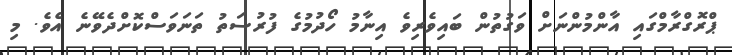
ޕްރޮގްރާމްގައި އާންމުންނަށް ވަގުތުން ބައިވެރިވެ އިނާމު ހޯދުމުގެ ފުރުސަތު ތަނަވަސްކޮށްދެވޭނެ އެވެ. މި